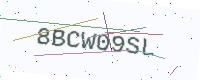
Text: 8BCW09SL